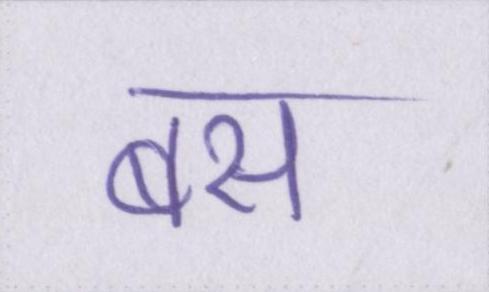
बस